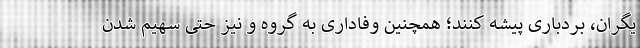
یگران، بردباری پیشه کنند؛ همچنین وفاداری به گروه و نیز حتی سهیم شدن